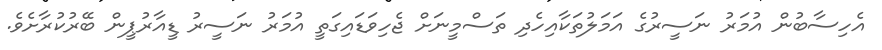
އެހިސާބުން އުމަރު ނަސީރުގެ އަމަލުތަކާއިހެދި ތަސްމީނަށް ޖެހިވަޑައިގަތީ އުމަރު ނަސީރު ޑީއާރުޕީން ބޭރުކުރާށެވެ.